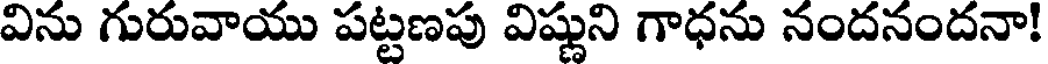
విను గురువాయు పట్టణపు విష్ణుని గాధను నందనందనా!